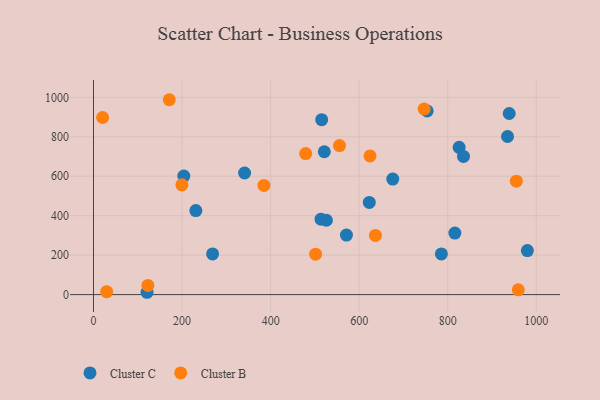
{"axis": {"x": "Experience", "y": "Salary"}, "legend": ["Cluster B", "Cluster C"], "data": [{"x": "525.9", "y": 376.9, "type": "Cluster C"}, {"x": "825.7", "y": 746.7, "type": "Cluster C"}, {"x": "675.8", "y": 585.7, "type": "Cluster C"}, {"x": "268.9", "y": 206.2, "type": "Cluster C"}, {"x": "341.2", "y": 616.4, "type": "Cluster C"}, {"x": "513.8", "y": 382.1, "type": "Cluster C"}, {"x": "622.8", "y": 467.3, "type": "Cluster C"}, {"x": "753.5", "y": 930.8, "type": "Cluster C"}, {"x": "231.1", "y": 425.8, "type": "Cluster C"}, {"x": "203.9", "y": 600.6, "type": "Cluster C"}, {"x": "935.0", "y": 801.5, "type": "Cluster C"}, {"x": "816.1", "y": 311.9, "type": "Cluster C"}, {"x": "835.5", "y": 700.6, "type": "Cluster C"}, {"x": "515.3", "y": 886.5, "type": "Cluster C"}, {"x": "979.8", "y": 223.2, "type": "Cluster C"}, {"x": "120.9", "y": 11.8, "type": "Cluster C"}, {"x": "571.2", "y": 301.5, "type": "Cluster C"}, {"x": "938.8", "y": 917.9, "type": "Cluster C"}, {"x": "785.6", "y": 206.2, "type": "Cluster C"}, {"x": "521.2", "y": 724.1, "type": "Cluster C"}, {"x": "624.5", "y": 702.8, "type": "Cluster B"}, {"x": "384.9", "y": 553.3, "type": "Cluster B"}, {"x": "171.1", "y": 987.8, "type": "Cluster B"}, {"x": "746.7", "y": 940.9, "type": "Cluster B"}, {"x": "199.6", "y": 556.5, "type": "Cluster B"}, {"x": "20.6", "y": 897.7, "type": "Cluster B"}, {"x": "555.5", "y": 755.3, "type": "Cluster B"}, {"x": "954.9", "y": 574.8, "type": "Cluster B"}, {"x": "959.3", "y": 24.1, "type": "Cluster B"}, {"x": "29.7", "y": 15.0, "type": "Cluster B"}, {"x": "479.1", "y": 715.0, "type": "Cluster B"}, {"x": "122.8", "y": 46.3, "type": "Cluster B"}, {"x": "501.5", "y": 205.1, "type": "Cluster B"}, {"x": "636.6", "y": 299.9, "type": "Cluster B"}]}